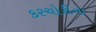
કરચોરીના